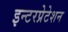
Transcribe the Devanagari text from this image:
इन्टरप्रेटेशन